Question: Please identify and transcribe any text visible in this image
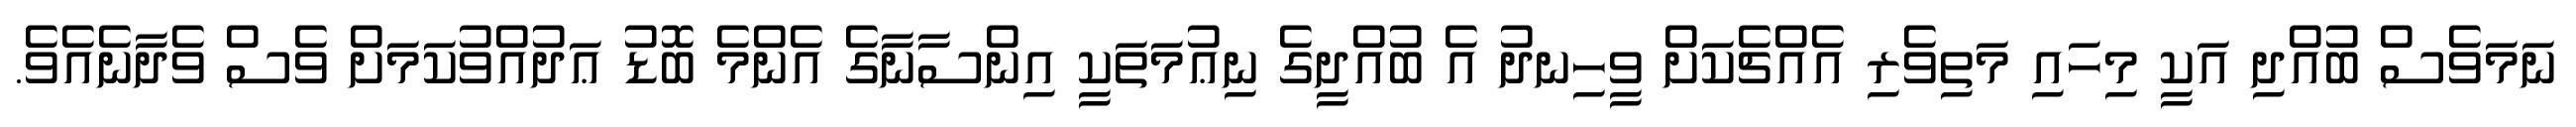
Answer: ނަމަވެސް ބުއްދި އަކީ މިހައި މަތިވެރި އެއްޗެކަށް ވީހިނދު އެ ބުއްދީގެ ނިޢުމަތަކީ އިންސާނާގެ އެންމެ ބޮޑު ޢަދުއްވުކަމަށް ވެސް ވެދާނެއެވެ.